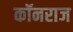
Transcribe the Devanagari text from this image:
कॉनराज